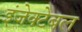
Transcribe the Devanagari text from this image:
इंजेक्टेबल